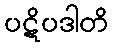
ပဋိပဒါတိ